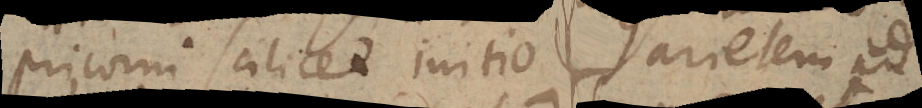
pricorni scilicet initio per Arietem ad